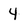
Character: 4